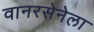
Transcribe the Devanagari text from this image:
वानरसेनेला